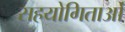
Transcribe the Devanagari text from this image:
सहयोगिताओं